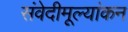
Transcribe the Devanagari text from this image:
संवेदीमूल्यांकन